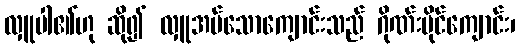
လှူပါ၏ဟု ဆို၍ လှူအပ်သောကျောင်းသည် ဂိုဏ်းပိုင်ကျောင်း၊